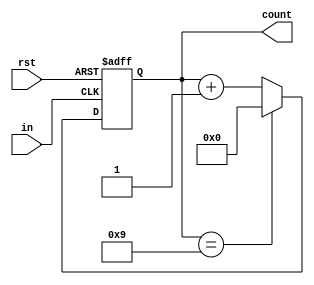
module Counter #(parameter n = 10, k = 4) (rst, in, count); // modulo n (where n is a positive integer > 1), "in" is usually clock, "count" is of k bits
    input rst, in;
    output reg[k - 1:0] count;
    always @(posedge rst, posedge in) begin
        if (rst) 
            count <= 0;
        else begin
            if (count == n - 1) 
                count <= 0;
            else 
                count <= count + 1;
        end
    end
endmodule